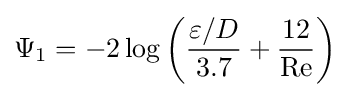
\Psi _{1}=-2\log \left({\frac {\varepsilon /D}{3.7}}+{\frac {12}{\mathrm {Re} }}\right)